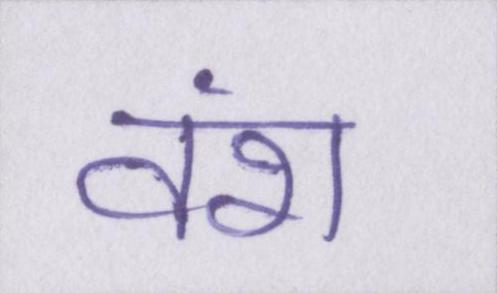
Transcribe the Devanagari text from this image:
वंश